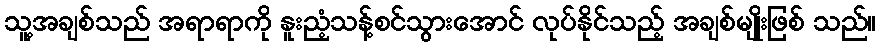
သူ့အချစ်သည် အရာရာကို နူးညံ့သန့်စင်သွားအောင် လုပ်နိုင်သည့် အချစ်မျိုးဖြစ် သည်။